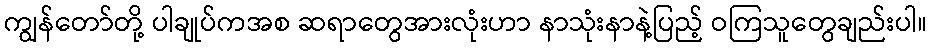
ကျွန်တော်တို့ ပါချုပ်ကအစ ဆရာတွေအားလုံးဟာ နာသုံးနာနဲ့ပြည့် ဝကြသူတွေချည်းပါ။